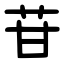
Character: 苷